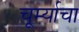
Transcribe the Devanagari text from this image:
चूर्म्याचा